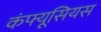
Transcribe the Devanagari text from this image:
कंफ्यूसियस